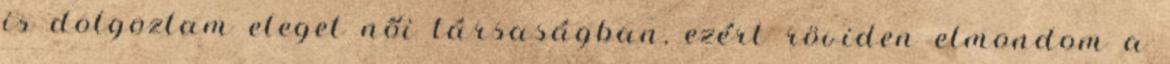
is dolgoztam eleget női társaságban, ezért röviden elmondom a